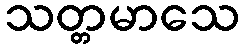
သတ္တမာသေ